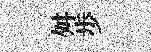
舛歩